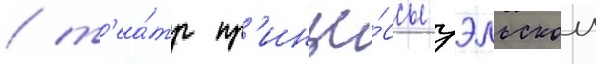
/ т'еа́тр пр'инце́ссы уэльскои